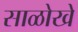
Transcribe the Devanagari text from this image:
साळोखे